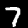
Label: 7